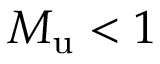
M _ { \mathrm { u } } < 1